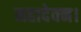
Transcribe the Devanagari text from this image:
महादेवन।